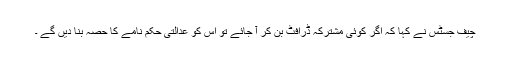
چیف جسٹس نے کہا کہ اگر کوئی مشترکہ ڈرافٹ بن کر آ جائے تو اس کو عدالتی حکم نامے کا حصہ بنا دیں گے ۔